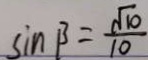
\sin \beta = \frac { \sqrt { 1 0 } } { 1 0 }